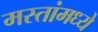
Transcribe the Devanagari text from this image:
मस्तांमध्ये